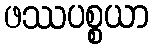
ဖဿပစ္စယာ